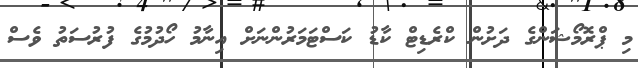
މި ޕްރޮމޯޝަންގެ ދަށުން ކްރެޑިޓް ކާޑު ކަސްޓަމަރުންނަށް އިނާމު ހޯދުމުގެ ފުރުސަތު ވެސް